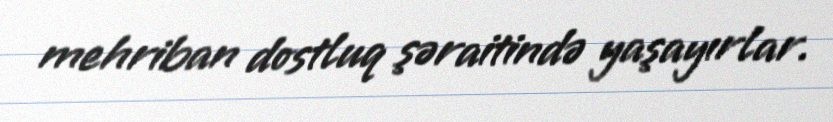
mehriban dostluq şəraitində yaşayırlar.